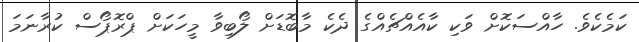
ކަމެކެވެ. ހާއްސަކޮށް ވަކި ކާއެއްޗެއްގެ ދެކެ މާބޮޑަށް ލޯބިވާ މީހަކަށް ޕްރޮޕޯސް ކުރާނަމަ